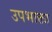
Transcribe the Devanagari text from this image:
उपभाक्ता